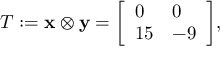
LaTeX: T : = \mathbf { x } \otimes \mathbf { y } = { \left[ \begin{array} { l l } { 0 } & { 0 } \\ { 1 5 } & { - 9 } \end{array} \right] } ,